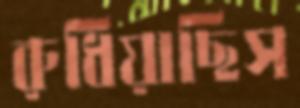
রুধিয়াছিস